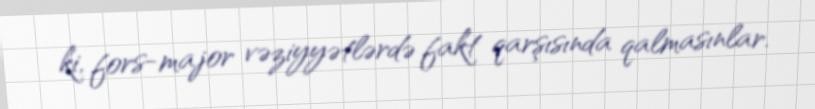
ki, fors-major vəziyyətlərdə fakt qarşısında qalmasınlar.